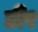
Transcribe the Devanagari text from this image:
डी९